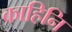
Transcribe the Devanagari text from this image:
काहिनि